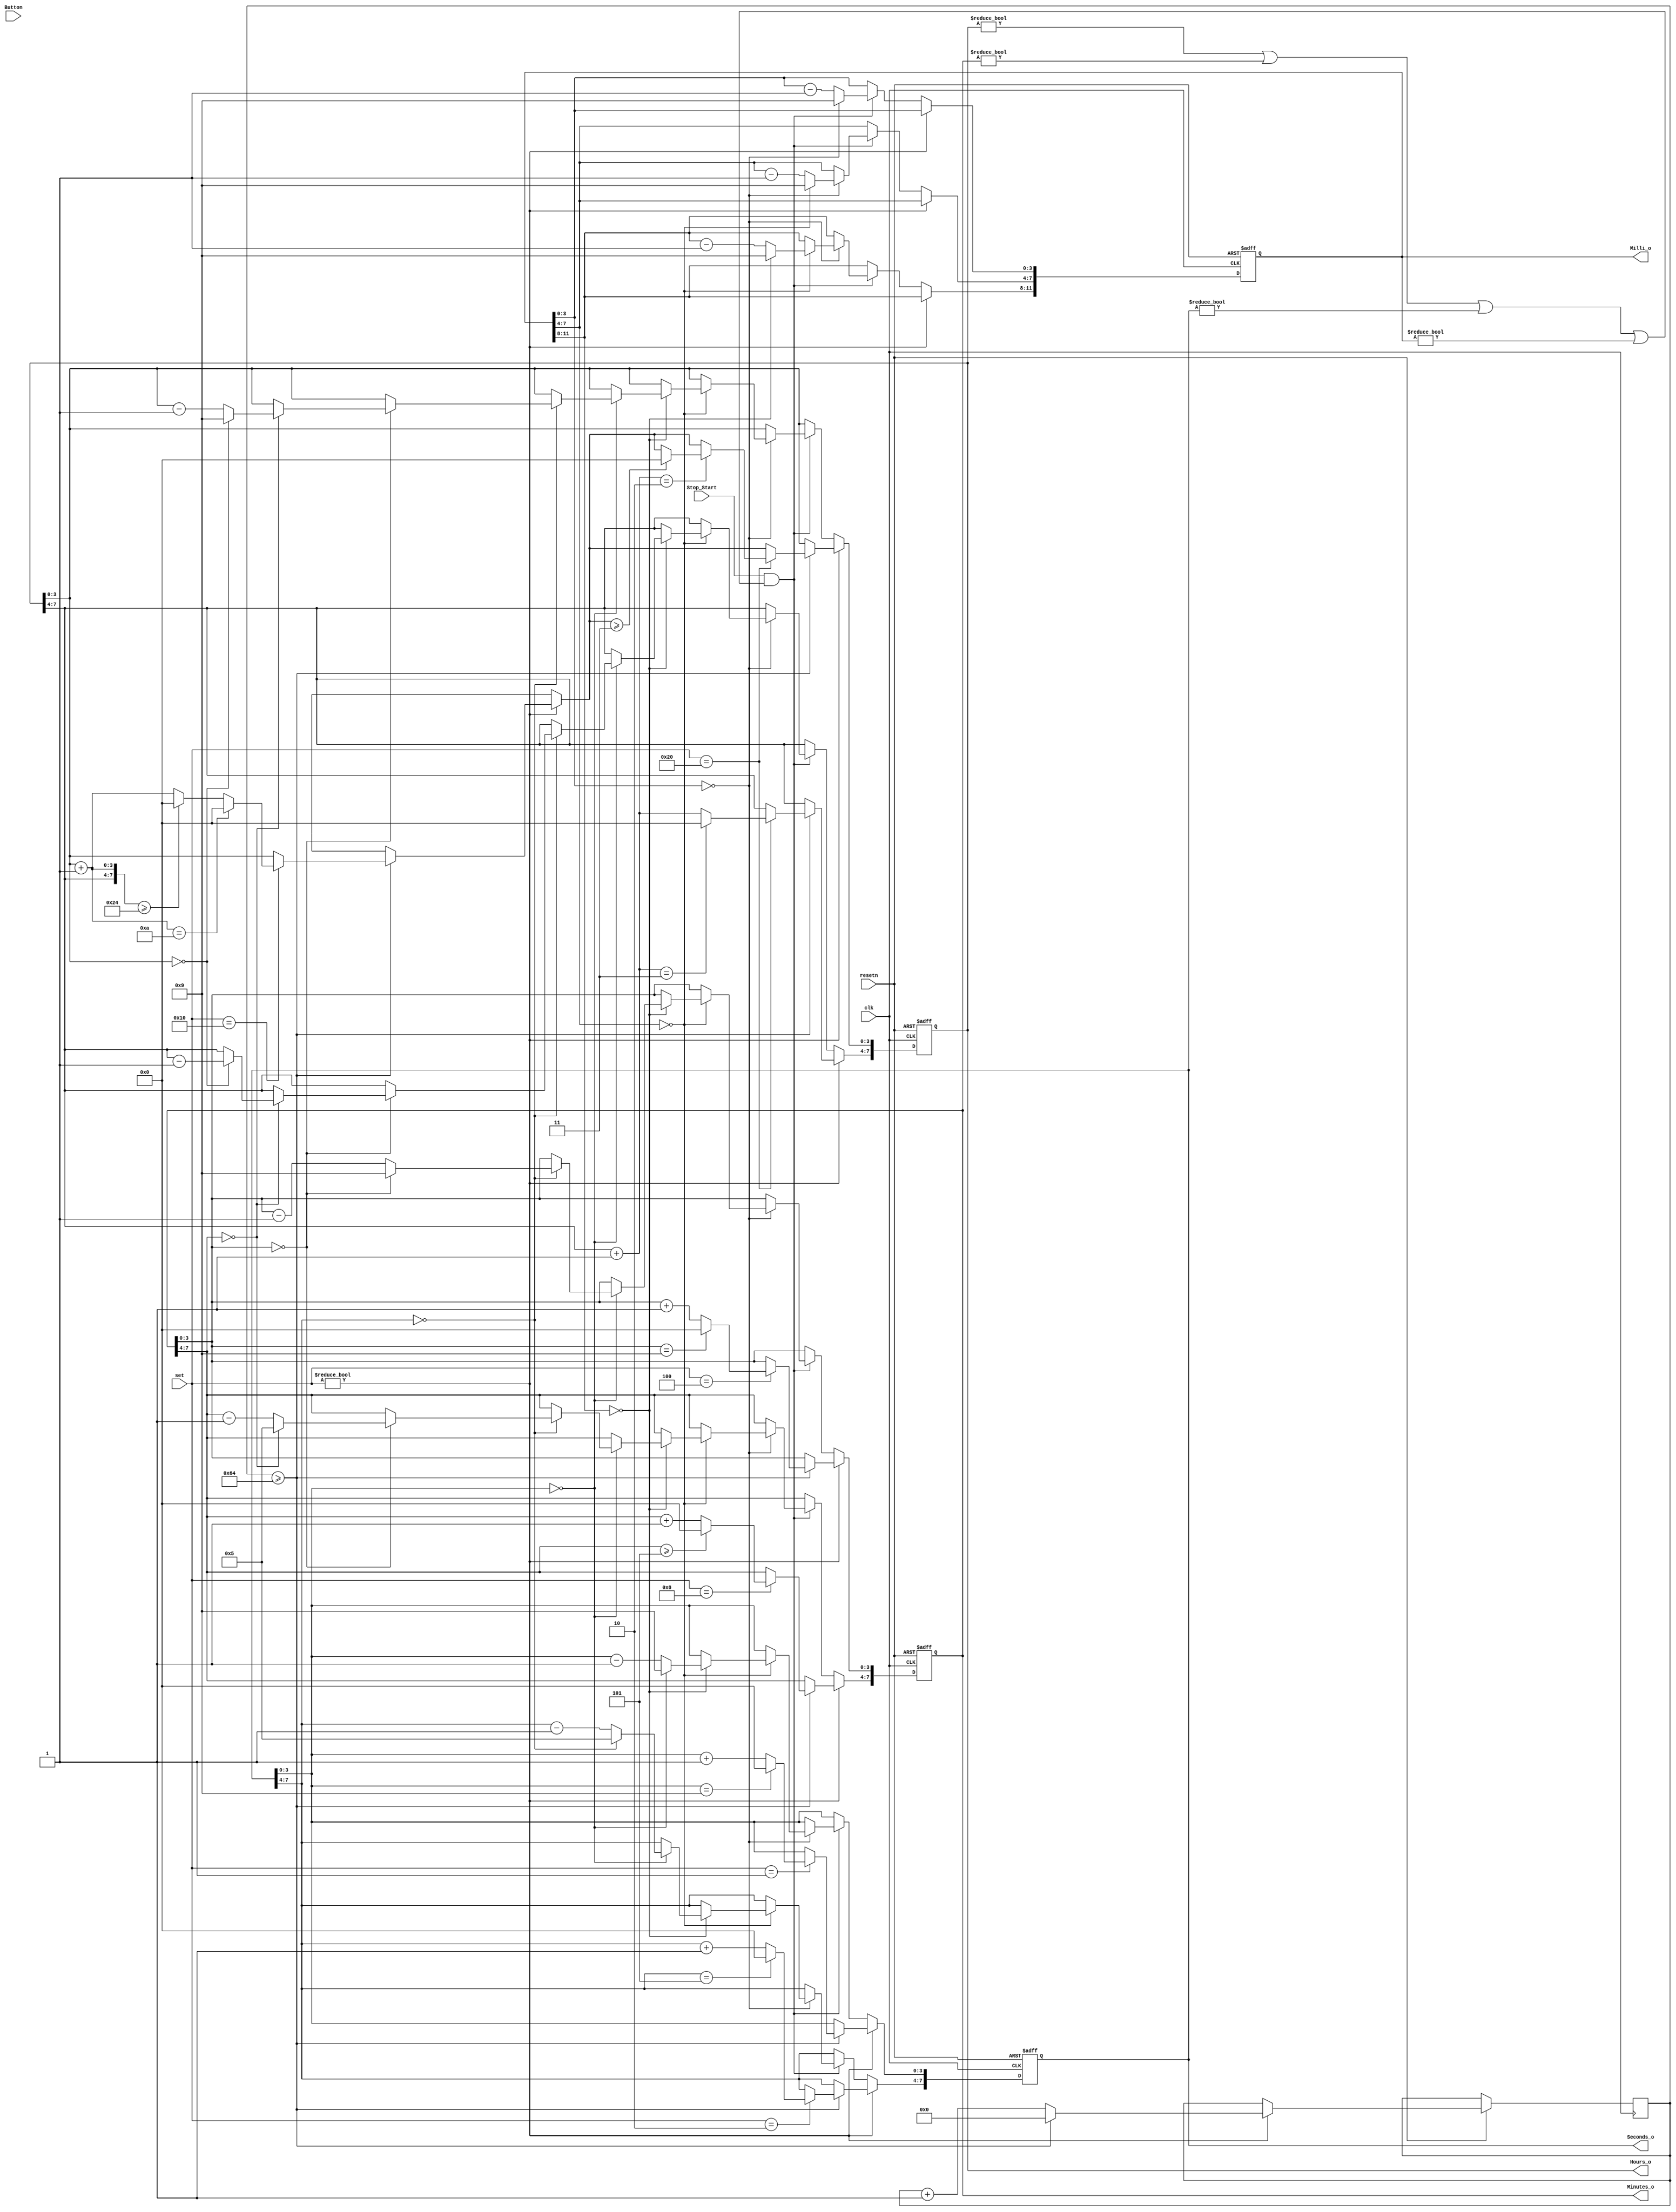
`timescale 1ns / 1ps
//////////////////////////////////////////////////////////////////////////////////
// Company: 
// Engineer: 
// 
// Design Name: 
// Module Name: Timer_Clock
// Project Name: 
// Target Devices: 
// Tool Versions: 
// Description: 
// 
// Dependencies: 
// 
// Revision:
// Revision 0.01 - File Created
// Additional Comments:
// 
//////////////////////////////////////////////////////////////////////////////////


module Timer_Clock(Button,Stop_Start,set,clk, resetn, Milli_o,Seconds_o,Minutes_o,Hours_o

    );
input Button,Stop_Start, clk, resetn;
input [5:0] set;
output reg [7:0]  Seconds_o, Minutes_o, Hours_o;
output reg [11:0]  Milli_o;
reg[25:0]clock;  
    initial begin
    Seconds_o <= 8'b00000000;
    Minutes_o <= 8'b00000000;
    Hours_o <= 8'b00000000;
    Milli_o <= 12'b000000000000;
  
    end    
always@(posedge clk or negedge resetn)begin
    if (!resetn)begin
    Seconds_o <= 8'b00000000;
    Minutes_o <= 8'b00000000;
    Hours_o <= 8'b00000000;
    Milli_o <= 12'b000000000000;
    end else if(set != 6'b000000) begin 
          clock <= clock + 1'b1;
       if(clock >= 25'd100)begin
                clock <= 0;
               if(set == 6'b000001)begin
                        Seconds_o[3:0] <= Seconds_o[3:0] + 1'b1;
                        if(Seconds_o[3:0] == 4'b1001)begin
                            Seconds_o[3:0] <= 0;
                        end 
               end
               if(set == 6'b000010)begin
                    Seconds_o[7:4] <= Seconds_o[7:4] +1'b1;
                    
                    if (Seconds_o[7:4] ==4'b0101)
                        Seconds_o[7:4] <=0;
                
               end  
               if(set == 6'b000100)begin
                                Minutes_o[3:0] <= Minutes_o[3:0] + 1'b1;
                                if(Minutes_o[3:0] == 4'b1001)begin
                                    Minutes_o[3:0] <= 0;
                                end
               end  
               if(set ==6'b001000)begin
                            Minutes_o[7:4] <= Minutes_o[7:4] + 1'b1;
                             
                            if(Minutes_o[7:4] >= 4'b0101)begin
                               Minutes_o[7:4] <= 0;    
                            end
               end
                   if(set== 6'b010000) begin
                        Hours_o[3:0] = Hours_o[3:0]+1'b1;
                            if(Hours_o[7:0] >= 8'b00100100)begin
                                Hours_o[3:0] <=0;
                            end
                            if(Hours_o[3:0] == 4'b1010)begin
                                Hours_o[3:0] <=0;
                            end
               end 
               if(set ==6'b100000) begin
               Hours_o[7:4] = Hours_o[7:4]+1'b1;
                            if(Hours_o[7:4] == 4'b0010)begin
                                if(Hours_o[3:0]>=4'b0011)
                                Hours_o[3:0] <=0;
                               
                            end
                            if(Hours_o[7:4]==4'b0011)
                                Hours_o[7:4] <= 0;
               end
               
        
       end
    end else begin
        if ((Stop_Start)&((Hours_o != 0)|(Minutes_o != 0)|(Seconds_o !=0)|(Milli_o != 0)))begin
            
            
            if(Milli_o[3:0] == 0)begin
            Milli_o[3:0] <= 4'b1001;
                if(Milli_o[7:4]== 0)begin
                     Milli_o[7:4] <= 4'b1001;       
                     if(Milli_o[11:8] == 0)begin
                        Milli_o[11:8] <= 4'b1001;
                        if(Seconds_o[3:0] == 0)begin
                            Seconds_o[3:0] <= 4'b1001;
                            if(Seconds_o[7:4] == 0)begin
                                Seconds_o[7:4] <= 4'b0101;
                                if(Minutes_o[3:0]==0)begin
                                    Minutes_o[3:0]<=4'b1001;
                                    if(Minutes_o[7:4] == 0)begin
                                        Minutes_o[7:4] = 4'b0101;
                                        if(Hours_o[3:0] == 0)begin
                                            Hours_o[3:0]<=4'b1001;
                                            Hours_o[7:4]<=Hours_o[7:4] - 1'b1;
                                        end else
                                          Hours_o[3:0] <= Hours_o[3:0] - 1'b1;  
                                    end else
                                        Minutes_o[7:4] <= Minutes_o[7:4] -1'b1; 
                                end else
                                    Minutes_o[3:0] <= Minutes_o[3:0] -1'b1;
                            end else
                                Seconds_o[7:4]<= Seconds_o[7:4] - 1'b1;
                        end else
                            Seconds_o[3:0] <= Seconds_o[3:0] - 1'b1;
                     end else
                        Milli_o[11:8] <= Milli_o[11:8]-1'b1;        
                end else
                    Milli_o[7:4] <= Milli_o[7:4] - 1'b1;
            end else
                Milli_o[3:0] <= Milli_o[3:0] - 1'b1;
         
              
        end
    end
end        
endmodule